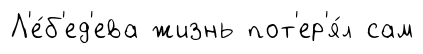
Л'е́б'ед'ева жизнь пот'ер'я́л сам